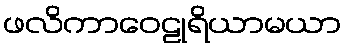
ဖလိကာဝေဠုရိယာမယာ